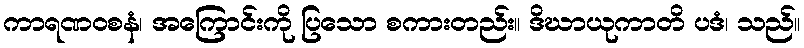
ကာရဏဝစနံ၊ အကြောင်းကို ပြသော စကားတည်း။ ဒိဃာယုကာတိ ပဒံ၊ သည်။